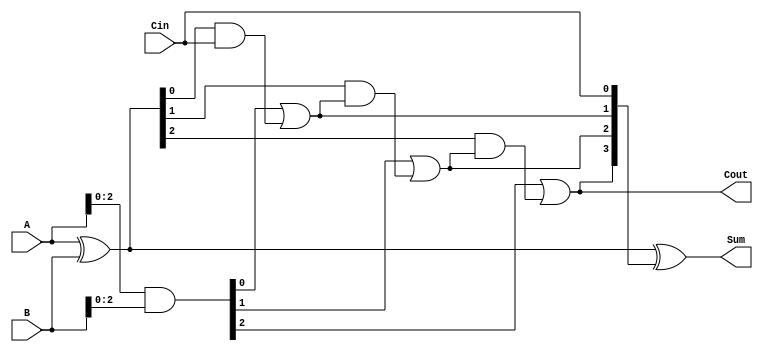
module carry_skip_adder (
    input [15:0] A,
    input [15:0] B,
    input Cin,
    output [15:0] Sum,
    output Cout
);

wire [16:0] P, G, C;
wire [3:0] Carry_skip;

// Generate P, G, and C signals for each stage
assign P = A ^ B;
assign G = A & B;
assign C[0] = Cin;
assign C[1] = G[0] | (P[0] & C[0]);
assign C[2] = G[1] | (P[1] & C[1]);
assign C[3] = G[2] | (P[2] & C[2]);

// Calculate carry skip signals
assign Carry_skip[0] = (C[3] & C[2]) | ((C[3] ^ C[2]) & C[1]) | ((C[3] ^ C[2] ^ C[1]) & C[0]);
assign Carry_skip[1] = (C[3] & C[2]) | ((C[3] ^ C[2]) & C[1]) | (C[3] ^ C[2] ^ C[1]);
assign Carry_skip[2] = (C[3] & C[2]) | (C[3] ^ C[2]);
assign Carry_skip[3] = C[3];

// Calculate final sum and carry out
assign Sum = P ^ C;
assign Cout = Carry_skip[3];

endmodule